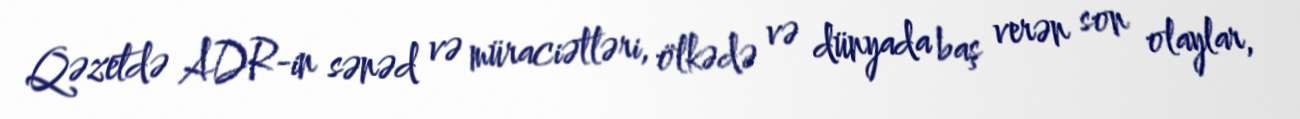
Qəzetdə ADR-in sənəd və müraciətləri, ölkədə və dünyada baş verən son olaylar,